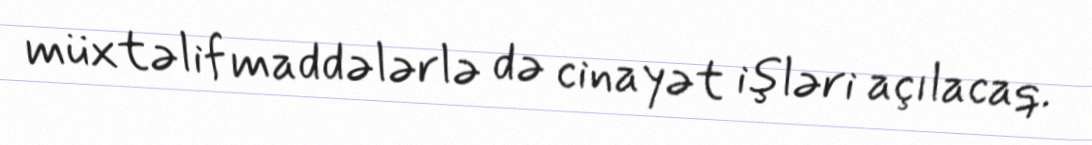
müxtəlif maddələrlə də cinayət işləri açılacaq.